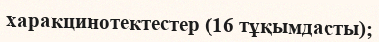
харакцинотектестер (16 тұқымдасты);